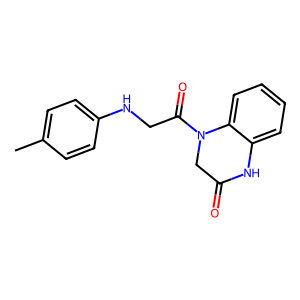
SMILES: Cc1ccc(NCC(=O)N2CC(=O)Nc3ccccc32)cc1
Inhibits HIV replication: No